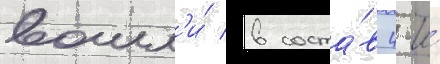
вошл'и́ в соста́в 4-и́